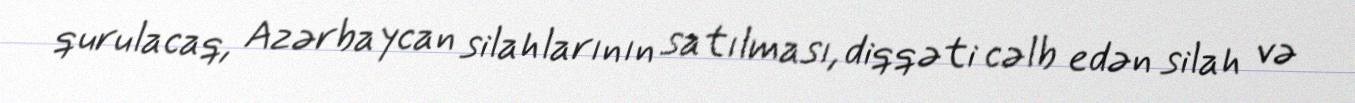
qurulacaq, Azərbaycan silahlarının satılması, diqqəti cəlb edən silah və